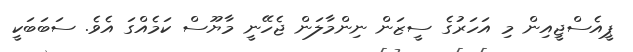
ޕީއެސްޖީއިން މި އަހަރުގެ ސީޒަން ނިންމާލަން ޖެހޭނީ މާޔޫސް ކަމެއްގަ އެވެ. ސަބަބަކީ